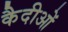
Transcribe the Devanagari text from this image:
कैदीओं